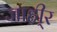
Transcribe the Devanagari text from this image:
जाही्र